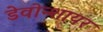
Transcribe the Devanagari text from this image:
डेवोन्शायर